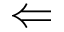
\Leftarrow